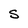
Character: S